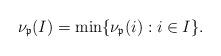
LaTeX: \begin{align*} \nu_{\mathfrak{p}}(I) &= \min\{ \nu_{\mathfrak{p}}(i) : i\in I\}.\end{align*}